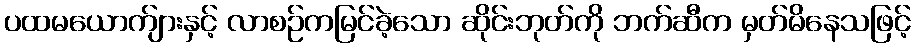
ပထမယောက်ျားနှင့် လာစဉ်ကမြင်ခဲ့သော ဆိုင်းဘုတ်ကို ဘက်ဆီက မှတ်မိနေသဖြင့်